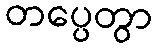
တပ္ပေတွာ